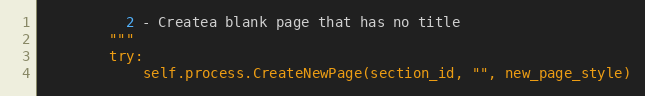
Language: Python
          2 - Createa blank page that has no title
        """
        try:
            self.process.CreateNewPage(section_id, "", new_page_style)